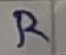
Text: R